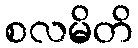
စလမိတိ